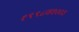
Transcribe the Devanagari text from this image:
१९९८व२००३